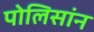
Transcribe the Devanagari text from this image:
पोलिसांन